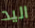
اليد